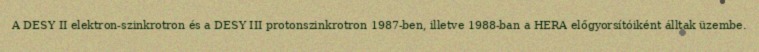
A DESY II elektron-szinkrotron és a DESY III protonszinkrotron 1987-ben, illetve 1988-ban a HERA előgyorsítóiként álltak üzembe.